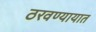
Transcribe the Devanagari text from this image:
ठरवण्यायात